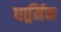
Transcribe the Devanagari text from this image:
धार्र्मिक